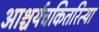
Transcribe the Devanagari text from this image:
आश्चर्यचकितरित्या